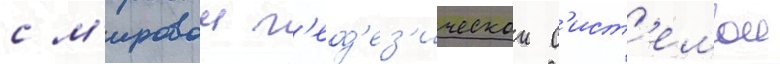
с м'ировои г'еод'ез'ическои с'ист'емои